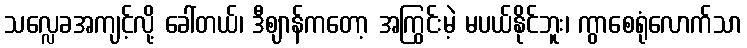
သလ္လေခအကျင့်လို့ ခေါ်တယ်၊ ဒီဈာန်ကတော့ အကြွင်းမဲ့ မပယ်နိုင်ဘူး၊ ကွာစေရုံလောက်သာ